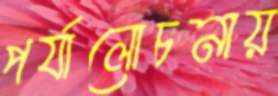
পর্যালোচনায়